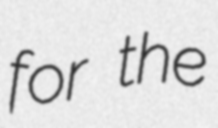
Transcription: for the